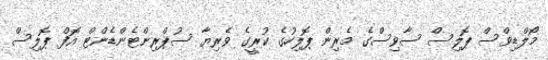
މޯލްޑިވްސް ޕޮލިސް ސާވިސްގެ މެރިން ޕޮލިހުގެ ކުރީގެ ވެރިޔާ ސުޕްރިންޓެންޑެންޓް އޮފް ޕޮލިސް